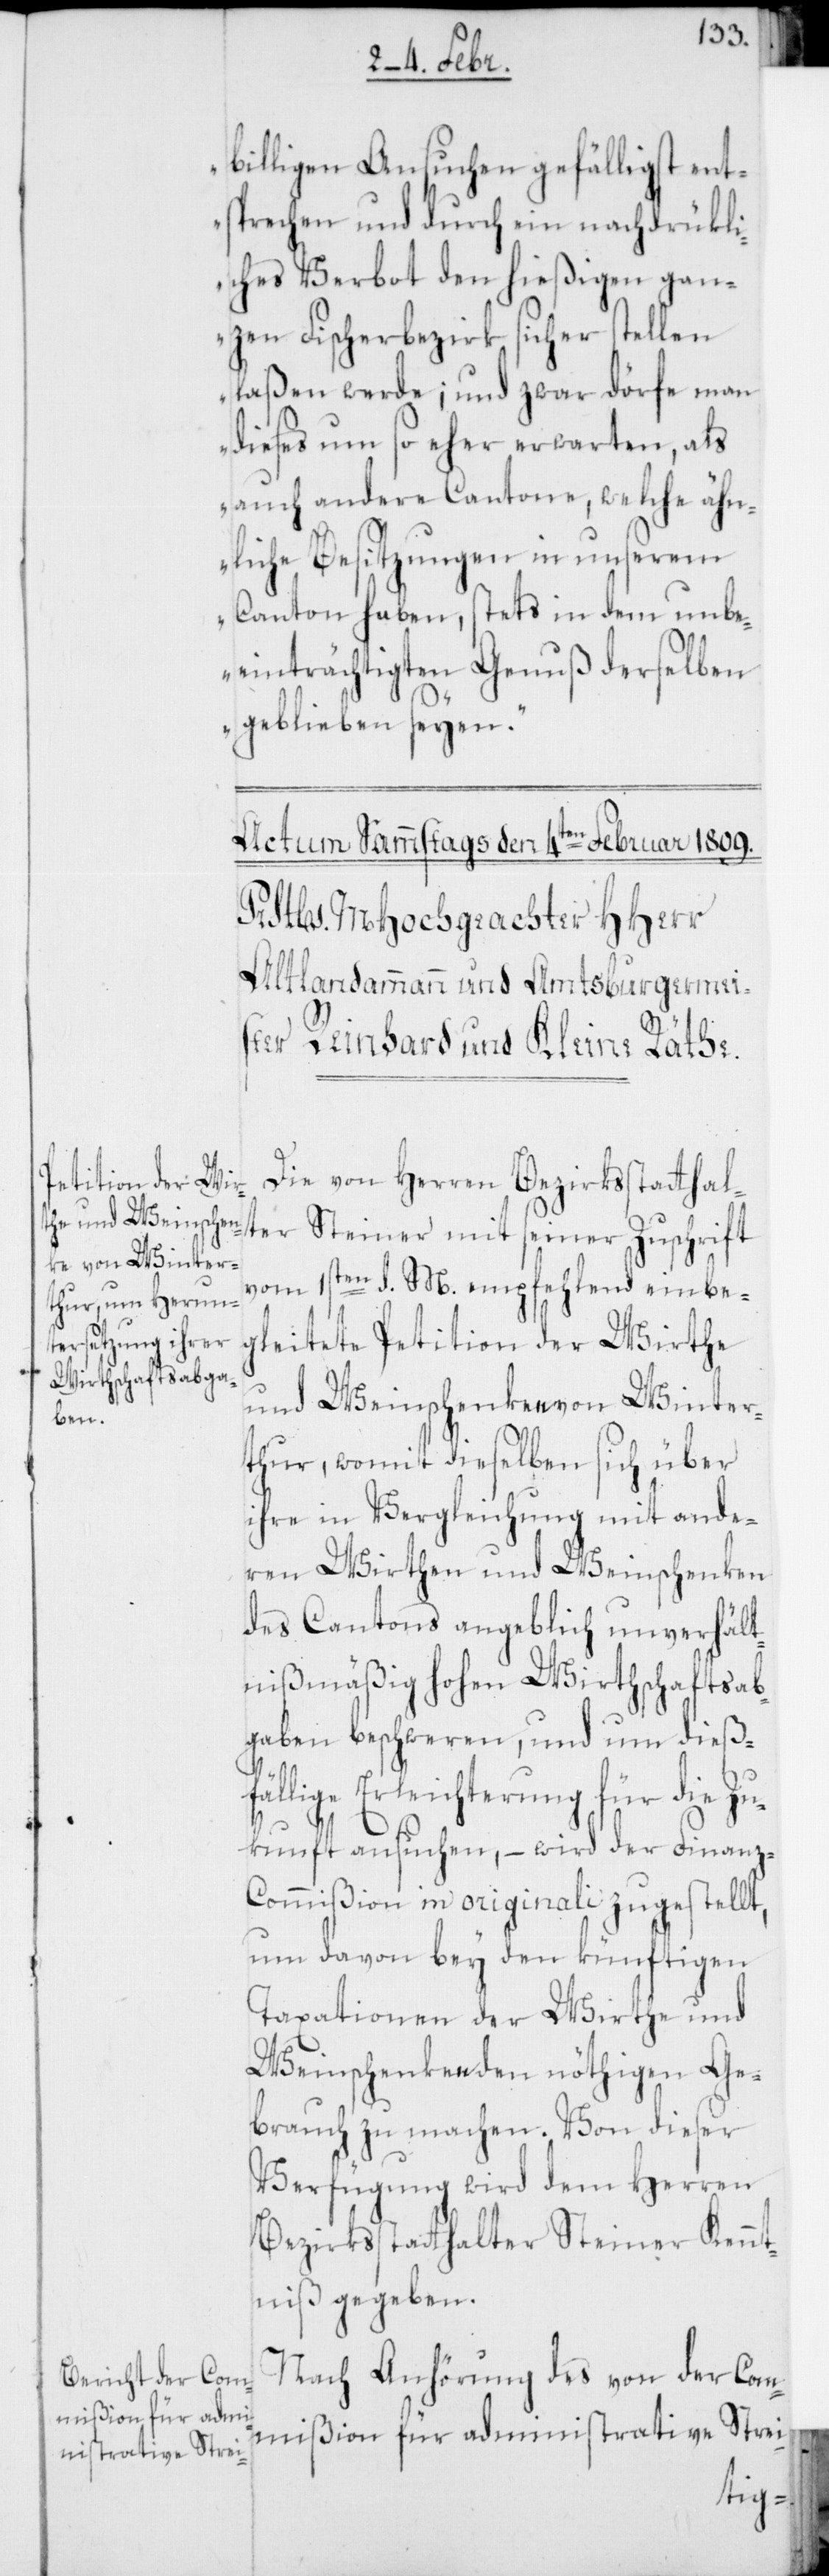
billigen Ansuchen gefälligst ent¬
sprechen und durch ein nachdrükli¬
ches Verbot den hießigen gan¬
zen Fischerbezirk sicherstellen
laßen werde; und zwar dörfe man
dieses um so eher erwarten, als
auch andere Cantone, welche ähn¬
liche Besitzungen in unserem
Canton haben, stets in dem unbe¬
einträchtigten Genuß derselben
geblieben seyen“.
Die von Herren Bezirksstatthalt¬
er Steiner mit seiner Zuschrift
vom 1sten d. M. empfehlend einbe¬
gleitete Petition der Wirthe
und Weinschenken von Winter¬
thur, womit dieselben sich über
ihre in Vergleichung mit ande¬
ren Wirthen und Weinschenken
des Cantons angeblich unverhält¬
nißmäßig hohen Wirthschaftsab¬
gaben beschweren, und um dießf¬
ällige Erleichterung für die Zu¬
kunft ansuchen, – wird der Finan¬
z-Commißion in originali zugestellt,
um davon bey den künftigen
Taxationen der Wirthe und
Weinschenken den nöthigen Ge¬
brauch zu machen. Von dieser
Verfügung wird dem Herren
Bezirksstatthalter Steiner Kennt¬
niß gegeben.
Nach Anhörung des von der Com¬
mißion für administrative Strei-